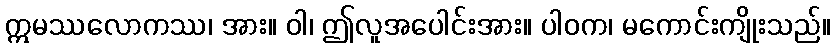
ဣမဿလောကဿ၊ အား။ ဝါ၊ ဤလူအပေါင်းအား။ ပါဝက၊ မကောင်းကျိုးသည်။